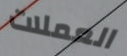
العملات